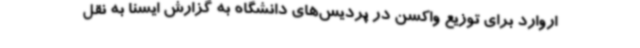
اروارد برای توزیع واکسن در پردیس‌های دانشگاه به گزارش ایسنا به نقل